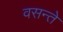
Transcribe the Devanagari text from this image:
वसन्ते